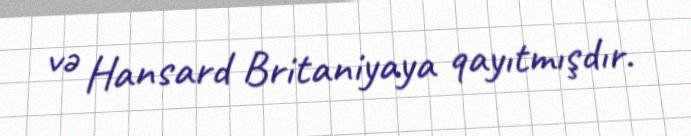
və Hansard Britaniyaya qayıtmışdır.